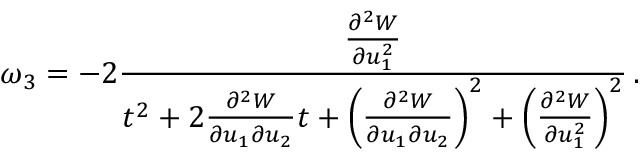
\omega _ { 3 } = - 2 \frac { \frac { \partial ^ { 2 } W } { \partial u _ { 1 } ^ { 2 } } } { t ^ { 2 } + 2 \frac { \partial ^ { 2 } W } { \partial u _ { 1 } \partial u _ { 2 } } t + \left( \frac { \partial ^ { 2 } W } { \partial u _ { 1 } \partial u _ { 2 } } \right) ^ { 2 } + \left( \frac { \partial ^ { 2 } W } { \partial u _ { 1 } ^ { 2 } } \right) ^ { 2 } } \, .